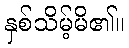
နှစ်သိမ့်မိ၏။